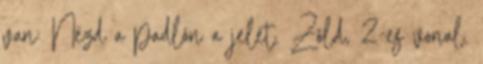
van: Nézd a padlón a jelet. Zöld, 2-es vonal.